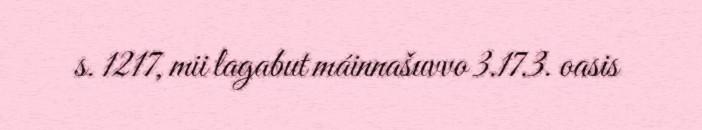
s. 1217, mii lagabut máinnašuvvo 3.17.3. oasis